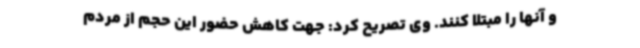
و آنها را مبتلا کنند. وی تصریح کرد: جهت کاهش حضور این حجم از مردم